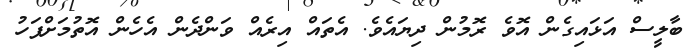
ބާލީސް އަޅައިގެން އޮވެ ރޮމުން ދިޔައެވެ. އެތައް އިރެއް ވަންދެން އެހެން އޮތުމަށްފަހު